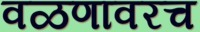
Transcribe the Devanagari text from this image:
वळणावरच